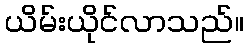
ယိမ်းယိုင်လာသည်။